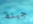
جبنة